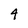
Character: 4